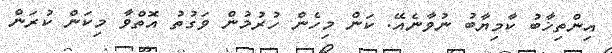
އިންތިޚާބު ކާމިޔާބު ނުވާނެއޭ. ކަން މިހެން ހުރުމުން ވަގުތު އޮތްވާ މިކަން ކުރަން